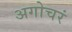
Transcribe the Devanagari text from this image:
अगोचरं